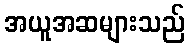
အယူအဆများသည်